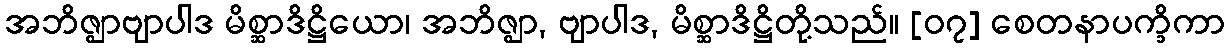
အဘိဇ္ဈာဗျာပါဒ မိစ္ဆာဒိဋ္ဌိယော၊ အဘိဇ္ဈာ, ဗျာပါဒ, မိစ္ဆာဒိဋ္ဌိတို့သည်။ [၀၇] စေတနာပက္ခိကာ